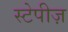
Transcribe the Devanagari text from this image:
स्टेपीज़